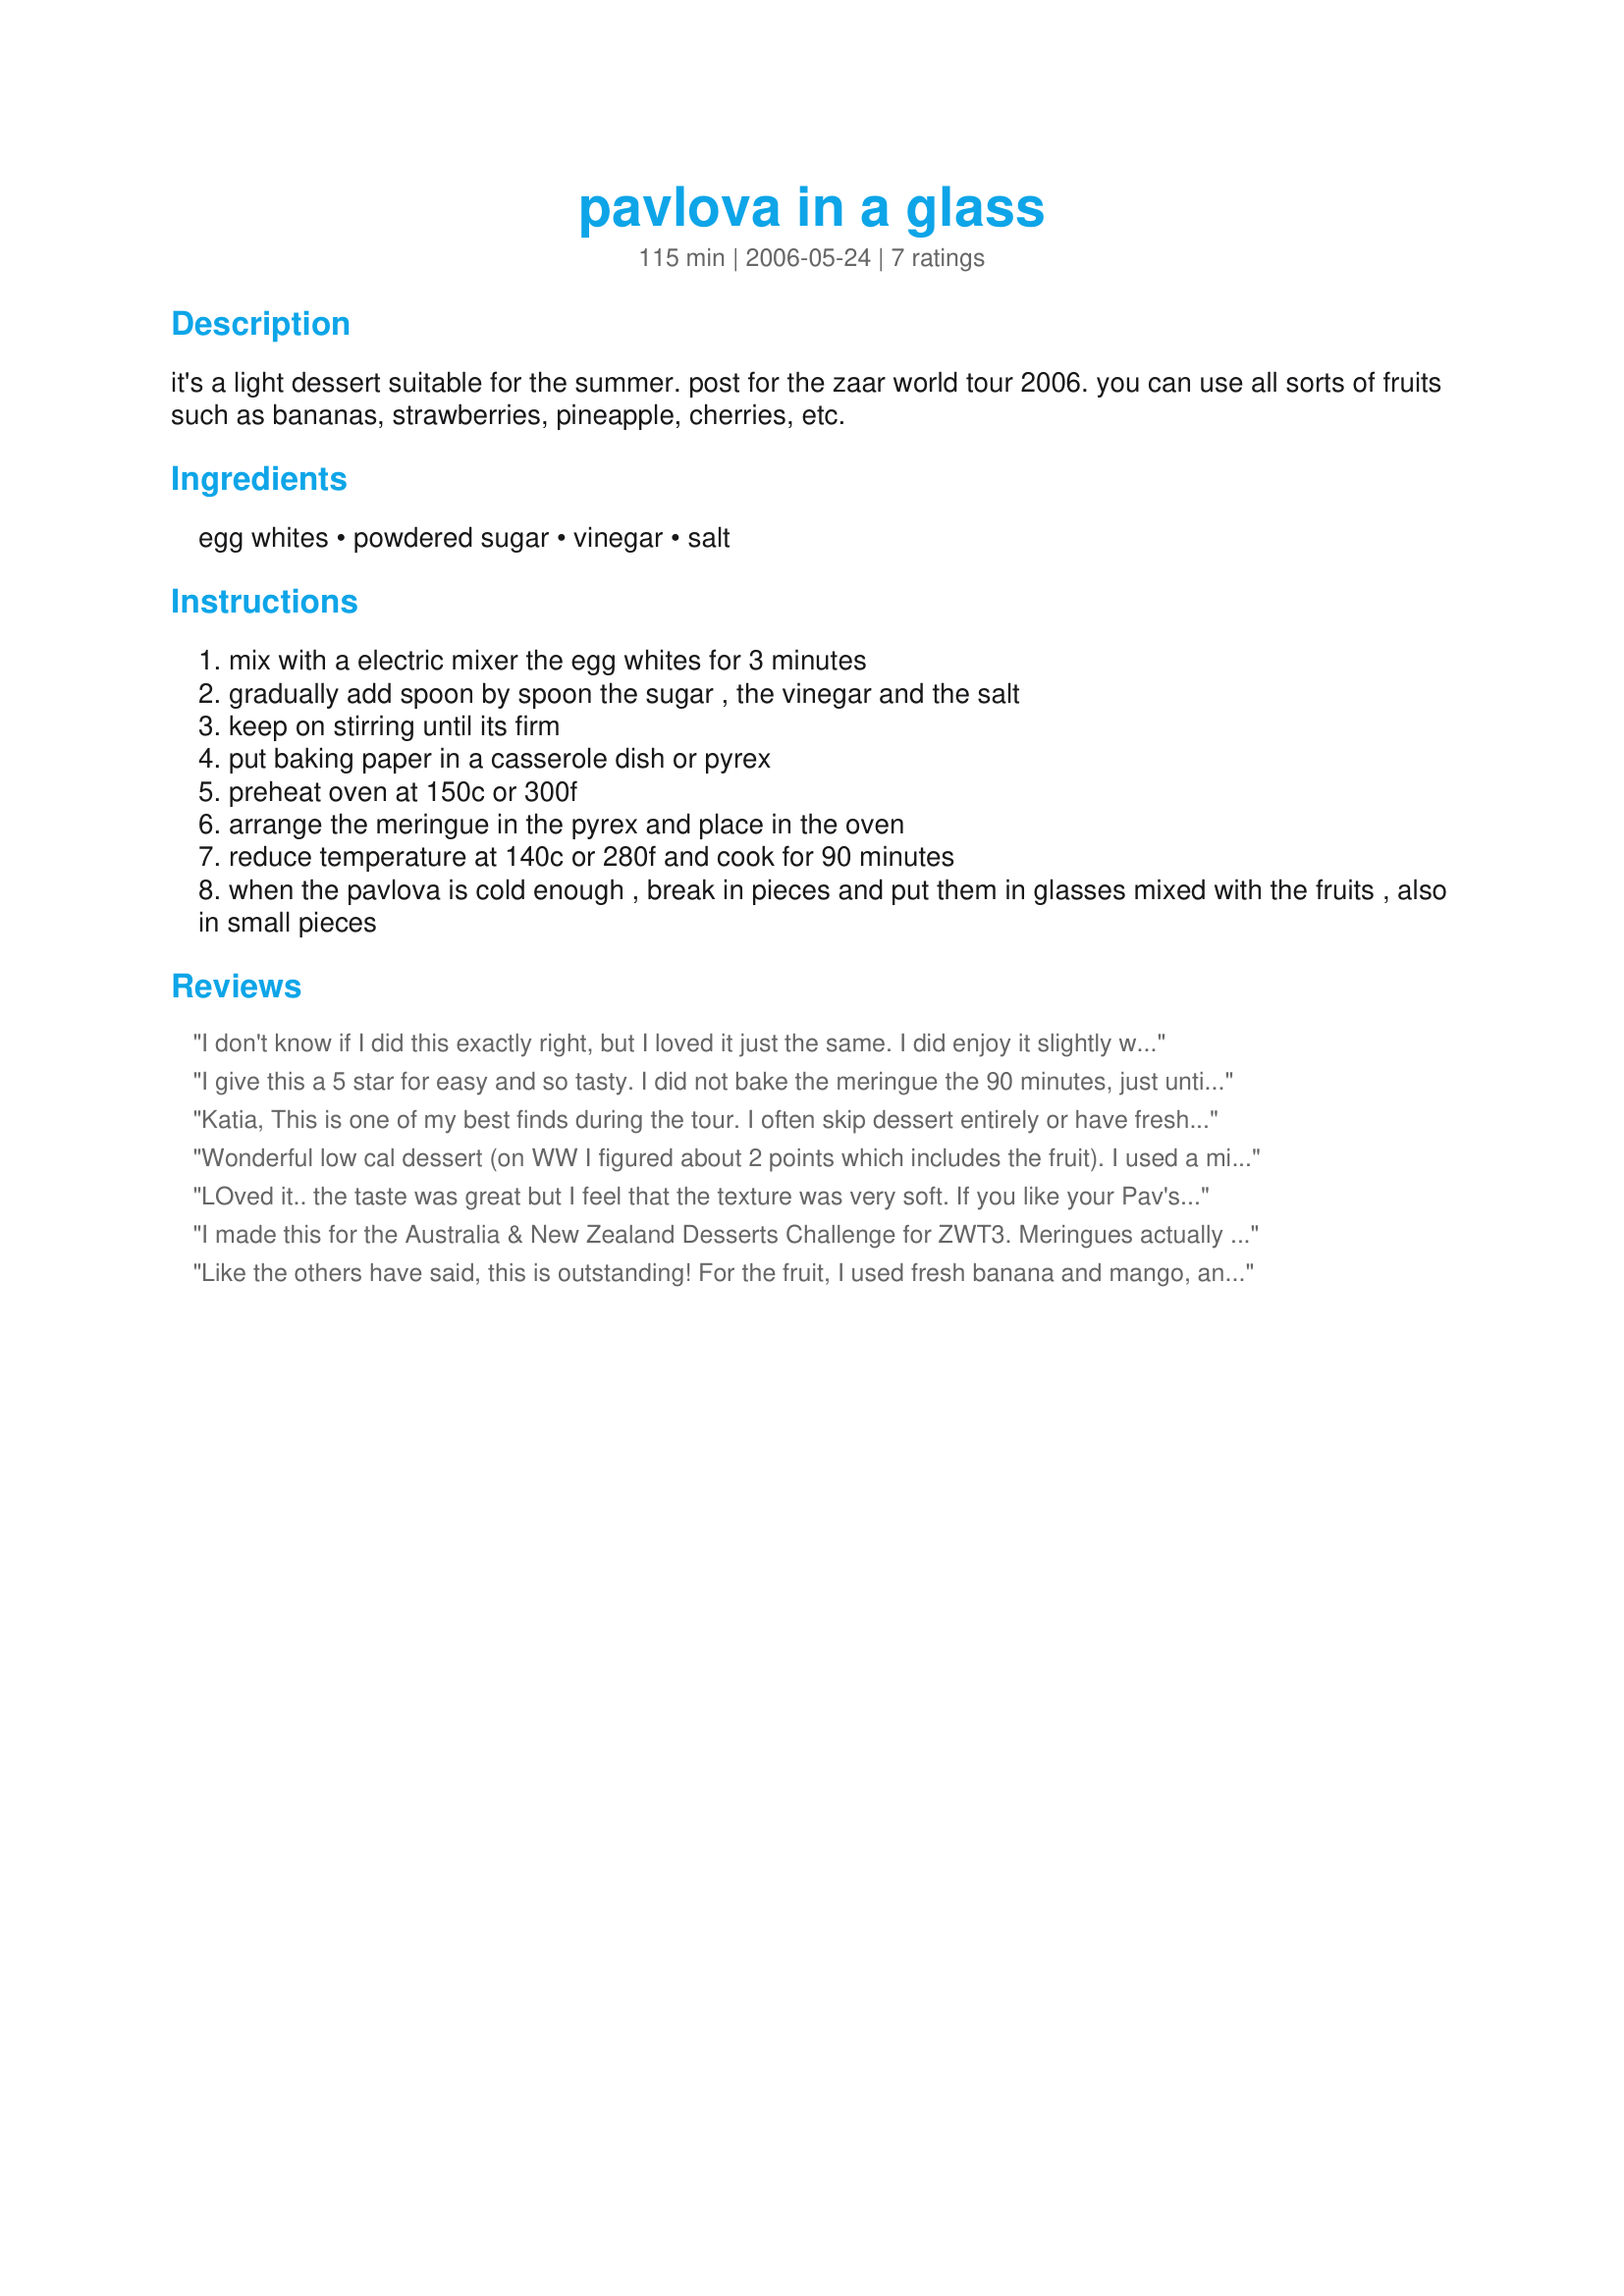
pavlova in a glass
Preparation time: 115 minutes

it's a light dessert suitable for the summer. post for the zaar world tour 2006. you can use all sorts of fruits such as bananas, strawberries, pineapple, cherries, etc.

Ingredients:
egg whites, powdered sugar, vinegar, salt

Steps:
mix with a electric mixer the egg whites for 3 minutes
gradually add spoon by spoon the sugar , the vinegar and the salt
keep on stirring until its firm
put baking paper in a casserole dish or pyrex
preheat oven at 150c or 300f
arrange the meringue in the pyrex and place in the oven
reduce temperature at 140c or 280f and cook for 90 minutes
when the pavlova is cold enough , break in pieces and put them in glasses mixed with the fruits , also in small pieces

Reviews:
I don't know if I did this exactly right, but I loved it just the same. I did enjoy it slightly warm, so I spooned it in the cup instead of breaking off pieces. Next time, I will try to have more patience and let it cool. Thank you katia, for a lovely breakfast, as thats what I had it for.
I give this a 5 star for easy and so tasty. I did not bake the meringue the 90 minutes, just until set and brown on the top which gave me a firm texture like on a meringue pie. It was beautiful layered with banana slices, banana pudding, pavlova and topped with toasted walnut halves. Great quick dessert. Love Meringue.
Katia, This is one of my best finds during the tour. I often skip dessert entirely or have fresh fruit so I was thrilled to find your recipe to add to things I can actually have. Not only is it low calorie, but this has ZERO fat and is low carb!!! I actually made small nests of the merigune and then spooned fruit on top instead of serving in a glass. Thank you for sharing this!!!
Wonderful low cal dessert (on WW I figured about 2 points which includes the fruit). I used a mixture of berries for the fruit (strawberries, blueberries and blackberries) - I think other fruits will also be great. I picked this recipe as a way to use up egg whites - but we will be having this often this summer!
LOved it.. the taste was great but I feel that the texture was very soft. If you like your Pav's all marshmellow fluff and a little on the stickier side then this is prefect but most Pav's I know have this consistancy on the inside and then a crunchier crust on the outside. I'm certain that making this in a pyrex dish was the reason for no crunchy outside crust and that cooking it on an oven tray would have given it a crust. That said, the flavour was great, and it was definiately yummy.I combined mine with slice fresh pineapple, peaches, blueberries and nectarines for a beautiful low fat dessert. Please see my rating system: The softness if the Pav did make it harder to spoon into the glasses, so I will be making this one again, but sans pyrex next time and then can ejoy a crusty outer layer as well. Thanks!
I made this for the Australia & New Zealand Desserts Challenge for ZWT3. Meringues actually were the very first thing I learned to make on my own. :-) This could be made better only with some sweetened heavy cream. :!: Truly delicious...and relatively healthy as desserts go.
Like the others have said, this is outstanding! For the fruit, I used fresh banana and mango, and I also used dried tropical papaya and pineapple. I absolutely loved it!
